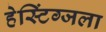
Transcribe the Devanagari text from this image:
हेस्टिंग्जला